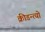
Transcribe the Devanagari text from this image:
क्रीडन्त्यो